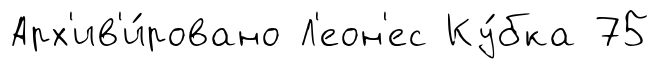
Арх'ив'и́ровано Л'еон'ес Ку́бка 75